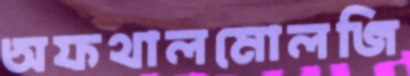
অফথালমোলজি